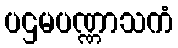
ပဌမပဏ္ဏာသကံ